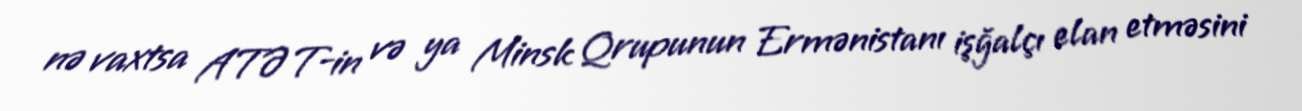
nə vaxtsa ATƏT-in və ya Minsk Qrupunun Ermənistanı işğalçı elan etməsini